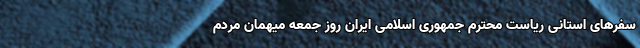
سفرهای استانی ریاست محترم جمهوری اسلامی ایران روز جمعه میهمان مردم